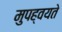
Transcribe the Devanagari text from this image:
मुपह्वयते